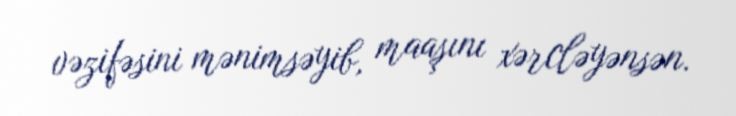
vəzifəsini mənimsəyib, maaşını xərcləyənsən.